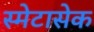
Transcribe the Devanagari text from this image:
स्मेटासेक